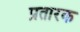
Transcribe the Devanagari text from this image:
प्रतारक